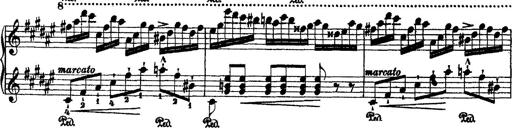
Title: 2 KonzertetÃ¼den
Composer: Franz Liszt